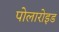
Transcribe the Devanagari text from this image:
पोलारोइड